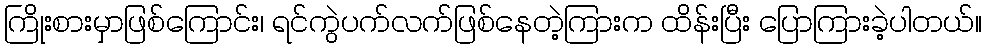
ကြိုးစားမှာဖြစ်ကြောင်း၊ ရင်ကွဲပက်လက်ဖြစ်နေတဲ့ကြားက ထိန်းပြီး ပြောကြားခဲ့ပါတယ်။